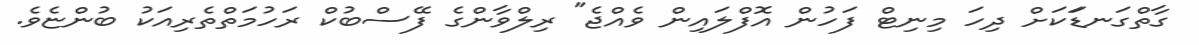
ގާތްގަނޑަަކަށް ދިހަ މިނިޓް ފަހުން އޮފްލައިން ވެއްޖެ" ރިލްވާންގެ ފޭސްބުކް ރަހުމަތްތެރިއަކު ބުންޏެވެ.